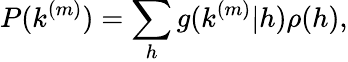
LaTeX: P(k^{(m)})=\sum_{h}g(k^{(m)}|h)\rho(h),